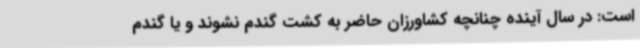
است: در سال آینده چنانچه کشاورزان حاضر به کشت گندم نشوند و یا گندم